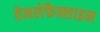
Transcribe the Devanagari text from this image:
वेनलेफैक्साइन